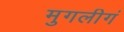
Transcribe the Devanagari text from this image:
मुगलीगं